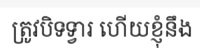
ត្រូវបិទទ្វារ ហើយខ្ញុំនឹង